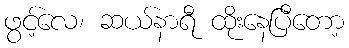
ဖွင့်လေ၊ ဆယ်နာရီ ထိုးနေပြီတော့